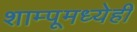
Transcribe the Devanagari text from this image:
शाम्पूमध्येही